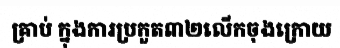
គ្រាប់ ក្នុងការប្រកួត៣២លើកចុងក្រោយ